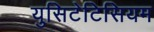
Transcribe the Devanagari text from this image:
युसिटेटिसियम